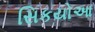
સિકયોઆ